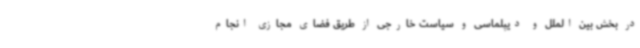
در بخش بین الملل و دیپلماسی و سیاست خارجی از طریق فضای مجازی انجام